Report on vaccination in Madras 1877-1894 - 1877-1894
Year: 1877
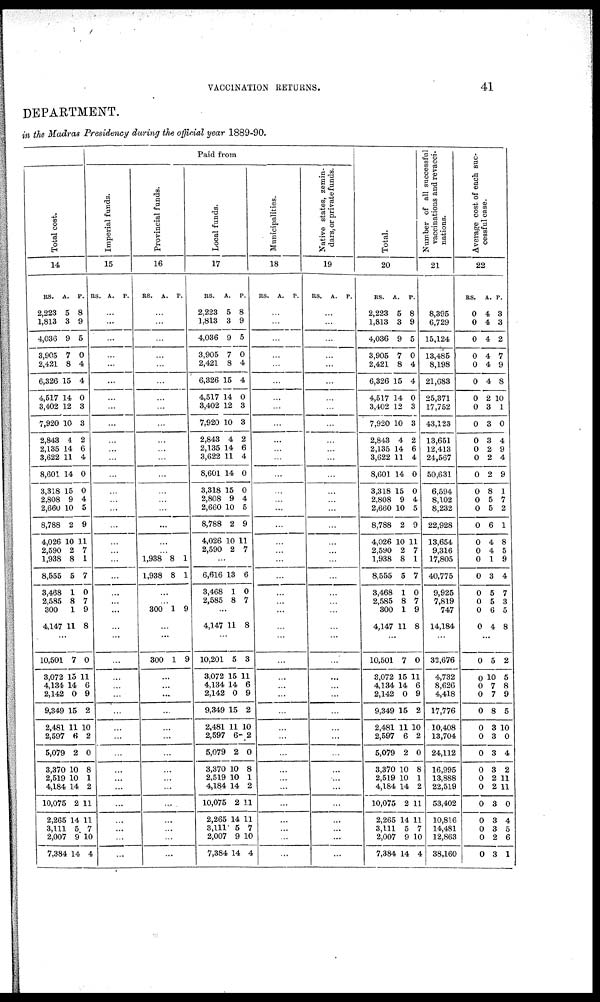
VACCINATION RETURNS.
41
DEPARTMENT.
in the Madras Presidency during the official year 1889-90.
Total cost.
14
RS.
2,223
1,813
4,036
3,905
2,421
6,326
4,517
3,402
7,920
2,843
2,135
3,622
8,601
3,318
2,808
2,660
8,788
4,026
2,590
1,938
8,555
3,468
2,585
300
4,147
A.
5
3
9
7
8
15
14
12
10
4
14
11
14
15
9
10
2
10
2
8
5
1
8
1
11
P.
8
9
5
0
4
4
0
3
3
2
6
4
0
0
4
5
9
11
7
1
7
0
7
9
8
...
10,501
3,072
4,134
2,142
9,349
2,481
2,597
5,079
3,370
2,519
4,184
10,075
2,265
3,111
2,007
7,384
7
15
14
0
15
11
6
2
10
10
14
2
14
5
9
14
0
11
6
9
2
10
2
0
8
1
2
11
11
7
10
4
Paid from
Imperial funds.
15
RS. A. P.
...
...
...
...
...
...
...
...
...
...
...
...
...
...
...
...
...
...
...
...
...
...
...
...
...
...
...
...
...
...
...
...
...
...
...
...
...
...
...
...
...
...
Provincial funds.
16
RS.
A.
P.
...
...
...
...
...
...
...
...
...
...
...
...
...
...
...
...
...
...
...
1,938
1,938
8
8
1
1
...
...
300 1 9
...
...
300 1 9
...
...
...
...
...
...
...
...
...
...
...
...
...
...
...
Local funds.
17
RS.
2,223
1,813
4,036
3,905
2,421
6,326
4,517
3,402
7,920
2,843
2,135
3,622
8,601
3,318
2,808
2,660
8,788
4,026
2,590
A.
5
3
9
7
8
15
14
12
10
4
14
11
14
15
9
10
2
10
2
P.
8
9
5
0
4
4
0
3
3
2
6
4
0
0
4
5
9
11
7
...
6,616
3,468
2,585
13
1
8
6
0
7
...
4,147 11 8
...
10,201
3,072
4,134
2,142
9,349
2,481
2,597
5,079
3,370
2,519
4,184
10,075
2,265
3,111
2,007
7,384
5
15
14
0
15
11
6
2
10
10
14
2
14
5
9
14
3
11
6
9
2
10
2
0
8
1
2
11
11
7
10
4
Municipalities.
18
RS. A. P.
...
...
...
...
...
...
...
...
...
...
...
...
...
...
...
...
...
...
...
...
...
...
...
...
...
...
...
...
...
...
...
...
...
...
...
...
...
...
...
...
...
...
Native states, zemin-
dars, or private funds.
19
RS. A. P.
...
...
...
...
...
...
...
...
...
...
...
...
...
...
...
...
...
...
...
...
...
...
...
...
...
...
...
...
...
...
...
...
...
...
...
...
...
...
...
...
...
...
Total.
20
RS.
2,223
1,813
4,036
3,905
2,421
6,326
4,517
3,402
7,920
2,843
2,135
3,622
8,601
3,318
2,808
2,660
8,788
4,026
2,590
1,938
8,555
3,468
2,585
300
4,147
A.
5
3
9
7
8
15
14
12
10
4
14
11
14
15
9
10
2
10
2
8
5
1
8
1
11
P.
8
9
5
0
4
4
0
3
3
2
6
4
0
0
4
5
9
11
7
1
7
0
7
9
8
...
10,501
3,072
4,134
2,142
9,349
2,481
2,597
5,079
3,370
2,519
4,184
10,075
2,265
3,111
2,007
7,384
7
15
14
0
15
11
6
2
10
10
14
2
14
5
9
14
0
11
6
9
2
10
2
0
8
1
2
11
11
7
10
4
Number of all successful
vaccinations
and
revacci-
nation
21
8,395
6,729
15,124
13,485
8,198
21,G83
25,371
17,752
43,123
13,651
12,413
24,567
50,631
6,594
8,102
8,232
22,928
13,654
9,316
17,805
40,775
9,925
7,819
747
14,184
...
32,676
4,732
8,626
4,418
17,776
10,408
13,704
24,112
16,995
13,888
22,519
53,402
10,816
14,481
12,863
38,160
Average cost of each suc-
cessful
case.
22
RS.
0
0
0
0
0
0
0
0
0
0
0
0
0
0
0
0
0
0
0
0
0
0
0
0
0
A.
4
4
4
4
4
4
2
3
3
3
2
2
2
8
5
5
6
4
4
1
3
5
5
6
4
P.
3
3
2
7
9
8
10
1
0
4
9
4
9
1
7
2
1
8
5
9
4
7
3
5
8
0
0
0
0
0
0
0
0
0
0
0
0
0
0
0
0
5
10
7
7
8
3
3
3
3
2
2
3
3
3
2
3
2
5
8
9
5
10
0
4
2
11
11
0
4
5
6
1